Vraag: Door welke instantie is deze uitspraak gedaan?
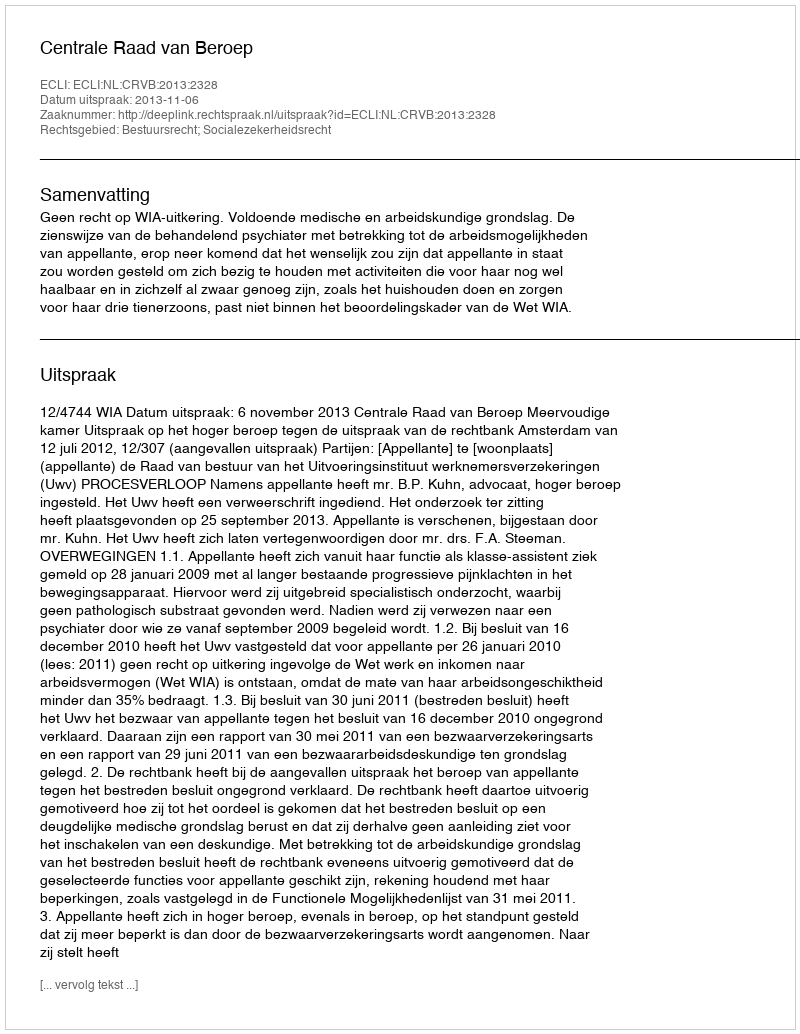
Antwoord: Centrale Raad van Beroep